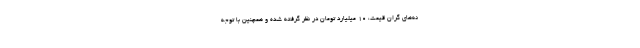
نه‌های گران قیمت، ۱۰ میلیارد تومان در نظر گرفته شده و همچنین با توجه